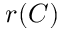
r ( C )